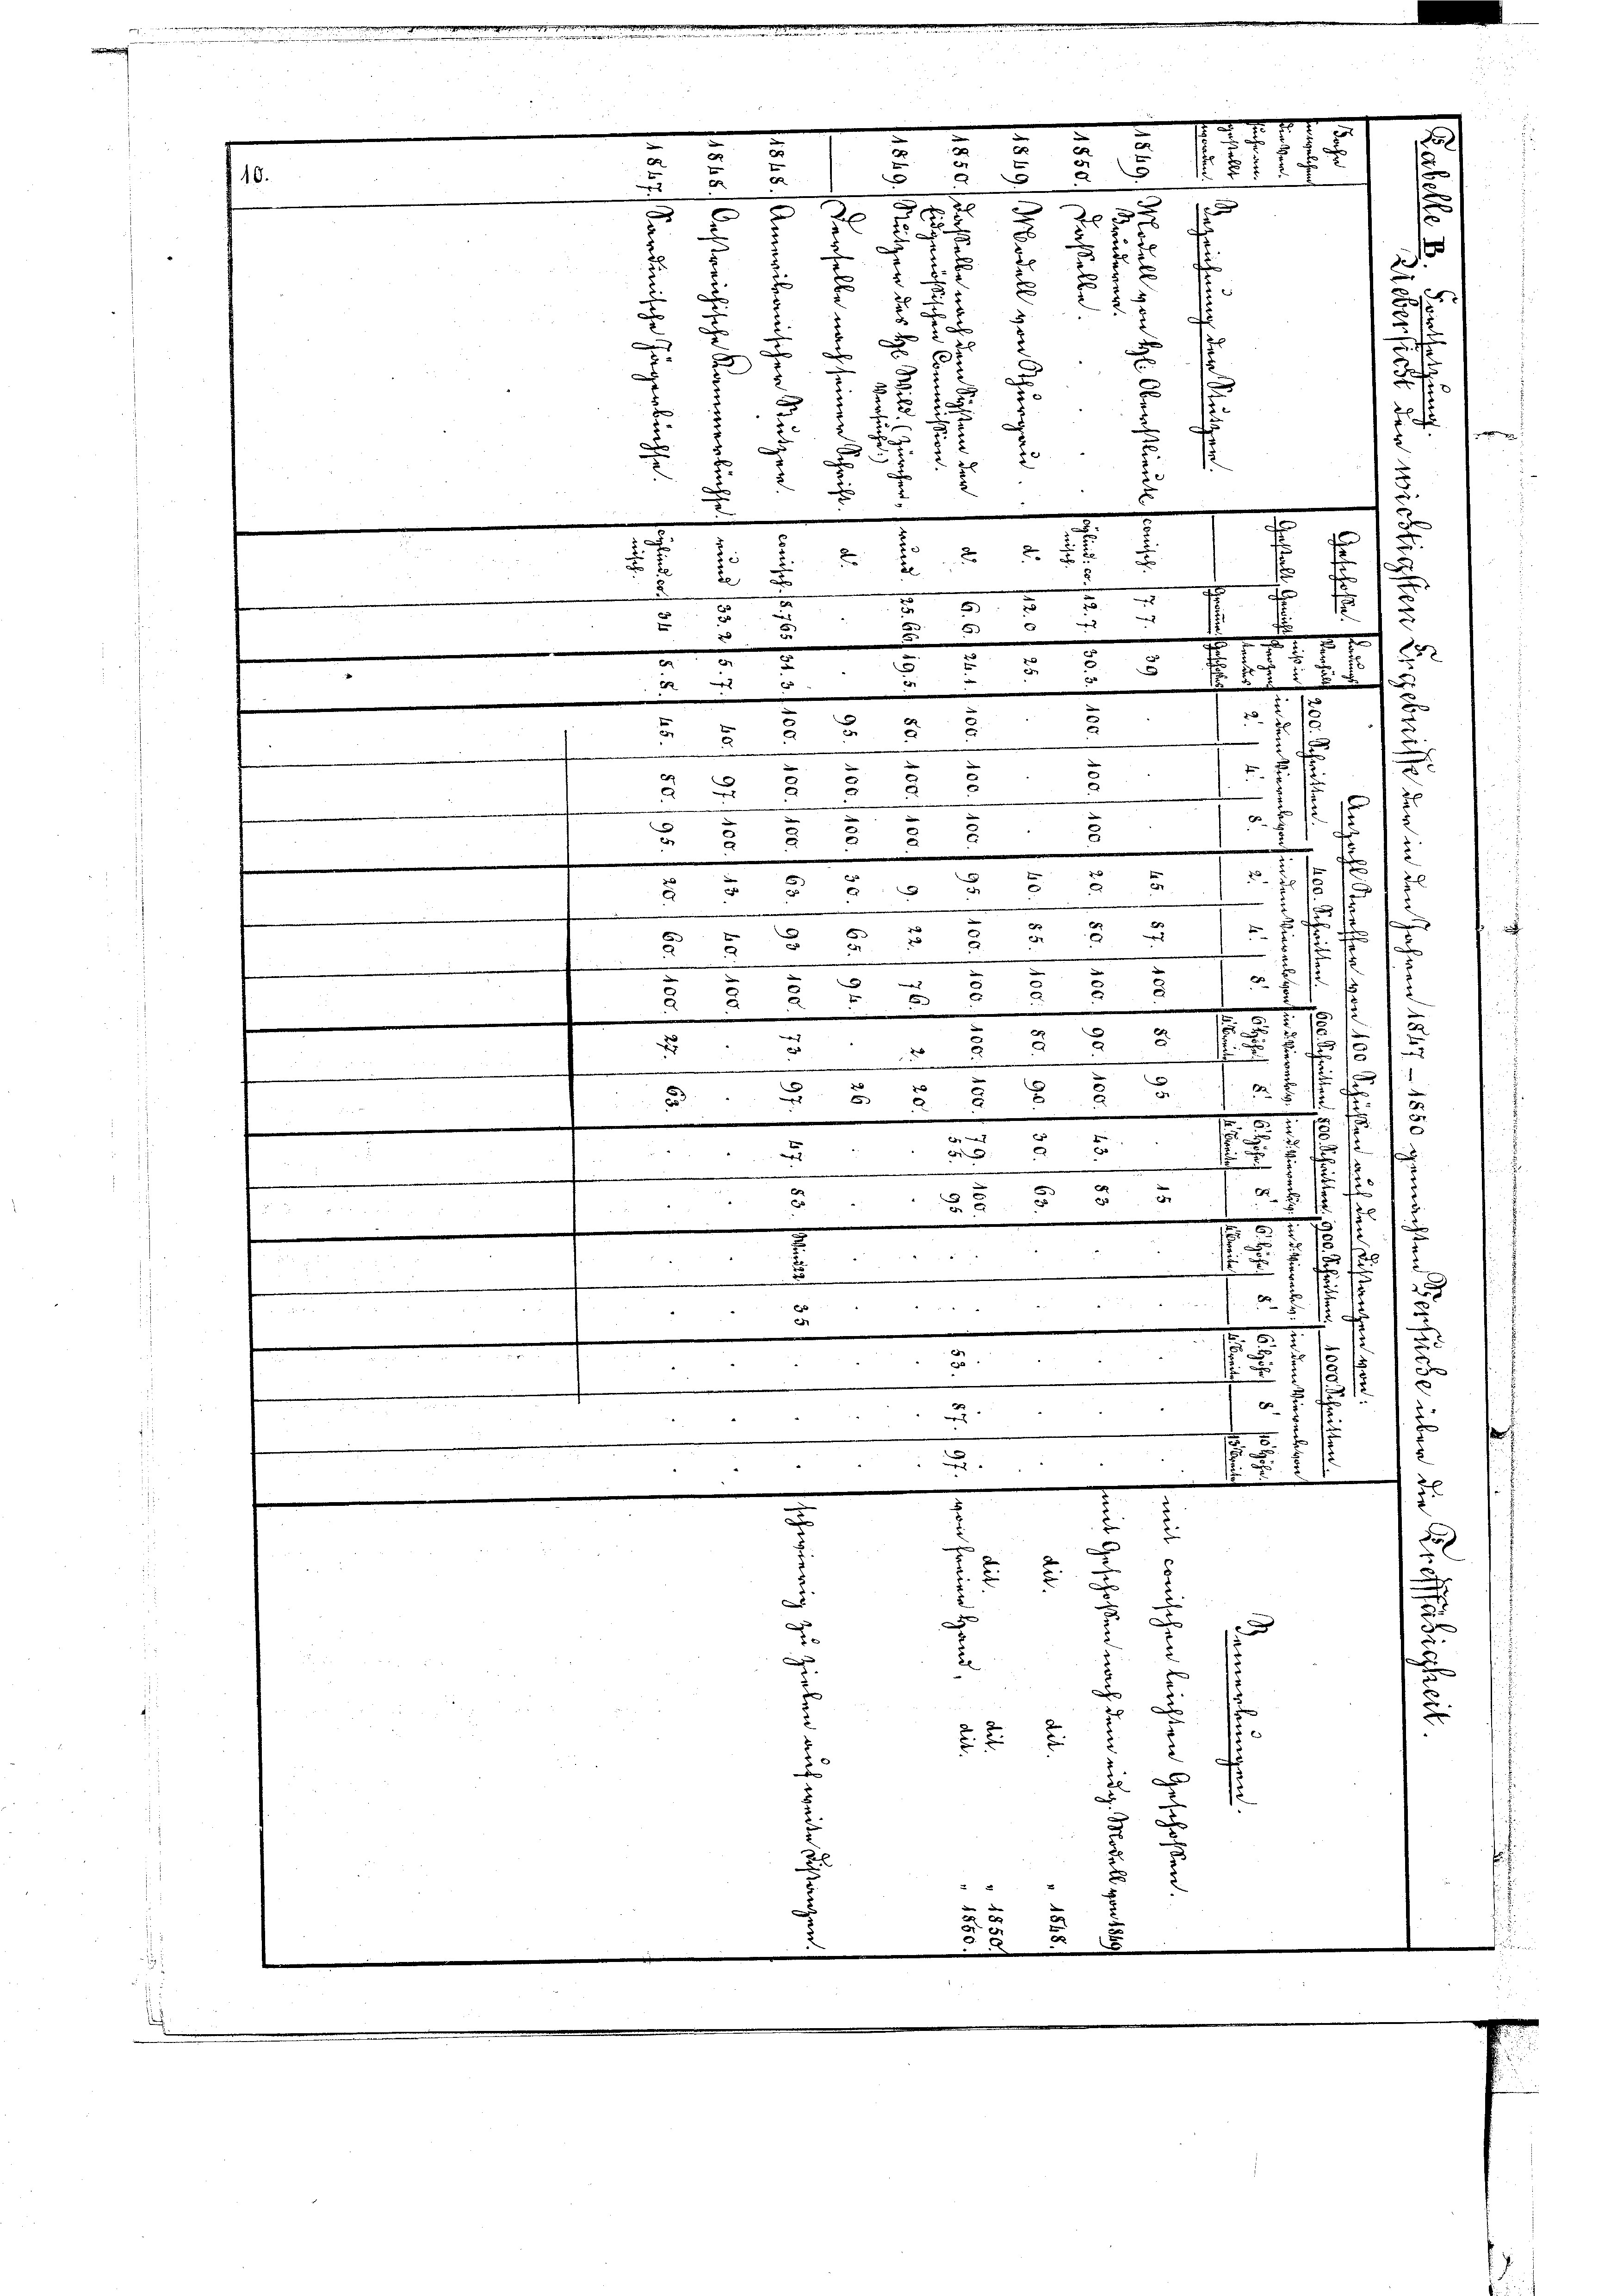
10.
.

2
5
2
e
e
e
|
s
.
2

1
x
3
2
u
2
3
.
u
d
.
.
2
2
i
a
d
2
2
d
e
e
.
2
2
x
2.
5
t

de
de
u
.
e
.
)
e
.

u
1
f x
.
.
.
e
23
5.
5
f
6
.
e
c
t
E
f
u
52
5
u
.

.
5
.
.
25
d

2
a
d
 57
r
s
2
.
.
e
2
d
E
d
u
d
s

.
.
.
2
d
¬
e
u
f
 xx
u
3
e
15
w
d
d
wede
5
55
e

f
e
.
e
2
E
e
t
t
22 2
.
s
A
2
u
1
 2
Ber
a
e
2
¬
2

f
u
5
85
u
2
.
m
d
i mat
x
3 " 60
f
u

i
E
2 f 0 x
e

2
1
155
|
.
.
.
n
e
2
x
2

d
.
12
e
u
1
2
e
.
u

1
 x
e
u

e

.
e

e

2

x

E
21 ff f 2
f
a
1
2
D

A

.
f
4
x
x
x
5

e
2
|
d
2
5
§. 2.
x
u
n
2.
s
2
d
x
.
2

¬
.

u
F
x

.
e
.

m
2
8
e
¬
.
.
.
.
u
e
x

.
we |

D.
x
n
d
s